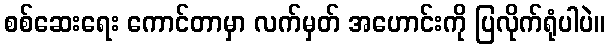
စစ်ဆေးရေး ကောင်တာမှာ လက်မှတ် အဟောင်းကို ပြလိုက်ရုံပါပဲ။